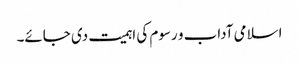
اسلامی آداب و رسوم کی اہمیت دی جائے۔